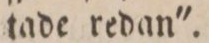
tade redan'.